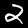
Label: 2